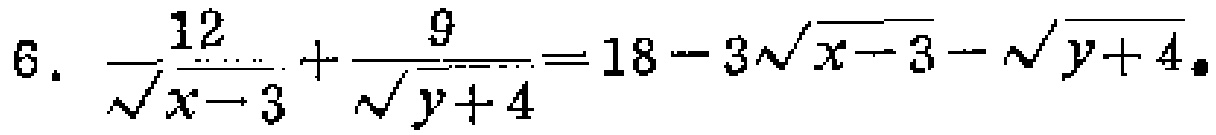
\[6.\ \frac{12}{\sqrt{x - 3}}+\frac{9}{\sqrt{y + 4}}=18 - 3\sqrt{x - 3}-\sqrt{y + 4}\]